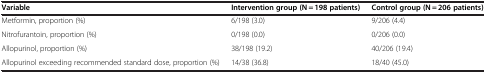
| Variable | Intervention group (N = 198 patients) | Control group (N = 206 patients) |
 | --- | --- | --- |
 | Metformin, proportion (%) | 6/198 (3.0) | 9/206 (4.4) |
 | Nitrofurantoin, proportion (%) | 0/198 (0.0) | 0/206 (0.0) |
 | Allopurinol, proportion (%) | 38/198 (19.2) | 40/206 (19.4) |
 | Allopurinol exceeding recommended standard dose, proportion (%) | 14/38 (36.8) | 18/40 (45.0) |